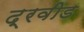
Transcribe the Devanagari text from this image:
द्रवीड